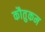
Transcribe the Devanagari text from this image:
कौतुकम